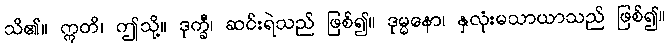
သိ၏။ ဣတိ၊ ဤသို့။ ဒုက္ခီ၊ ဆင်းရဲသည် ဖြစ်၍။ ဒုမ္မနော၊ နှလုံးမသာယာသည် ဖြစ်၍။